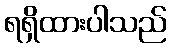
ရရှိထားပါသည်